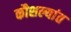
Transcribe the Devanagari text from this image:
कौशल्यांत